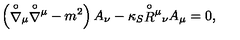
\left( { \stackrel { \circ } { \nabla } } { } _ { \mu } { \stackrel { \circ } { \nabla } } { } ^ { \mu } - m ^ { 2 } \right) A _ { \nu } - \kappa _ { S } { \stackrel { \circ } { R } } { } ^ { \mu } { } _ { \nu } A _ { \mu } = 0 ,